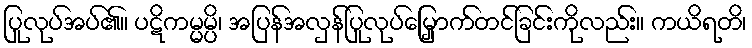
ပြုလုပ်အပ်၏။ ပဋိကမ္မမ္ပိ၊ အပြန်အလှန်ပြုလုပ်မြှောက်တင်ခြင်းကိုလည်း။ ကယိရတိ၊